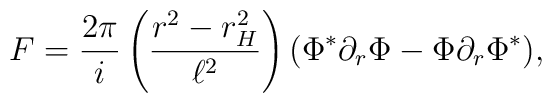
F=\frac{2\pi}{i}\left(\frac{r^2-r_H^2}{\ell^2}\right)(\Phi^*\partial_r\Phi-\Phi\partial_r\Phi^*),